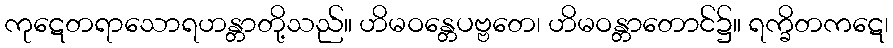
ကုဋေတရာသောရဟန္တာတို့သည်။ ဟိမဝန္တေပဗ္ဗတေ၊ ဟိမဝန္တာတောင်၌။ ရက္ခိတကဋေ၊